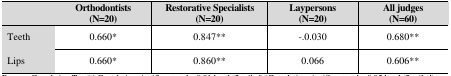
<table><thead><tr><td></td><td><b>Orthodontists(N=20)</b></td><td><b>Restorative Specialists (N=20)</b></td><td><b>Laypersons(N=20)</b></td><td><b>All judges(N=60)</b></td></tr></thead><tbody><tr><td>Teeth</td><td>0.660*</td><td>0.847**</td><td>-.0.030</td><td>0.680**</td></tr><tr><td>Lips</td><td>0.660*</td><td>0.860**</td><td>0.066</td><td>0.606**</td></tr></tbody></table>